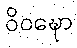
ဝိဝဍ္ဎော